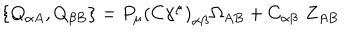
\left\{ Q _ { \alpha A } , Q _ { \beta B } \right\} = P _ { \mu } \left( C \gamma ^ { \mu } \right) _ { \alpha \beta } \Omega _ { A B } + C _ { \alpha \beta } \, \, Z _ { A B }